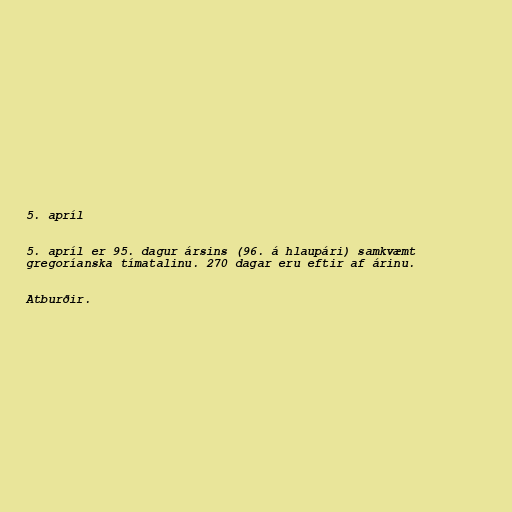
5. apríl

5. apríl er 95. dagur ársins (96. á hlaupári) samkvæmt
gregoríanska tímatalinu. 270 dagar eru eftir af árinu.

Atburðir.